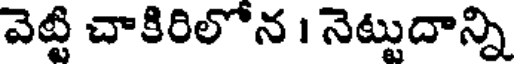
వెట్టి చాకిరిలోన । నెట్టుదాన్ని